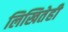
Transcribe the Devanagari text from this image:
लिखितेही